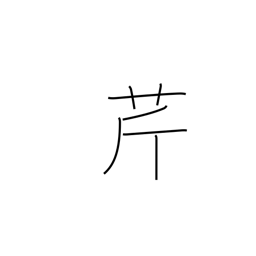
Meaning: parsley